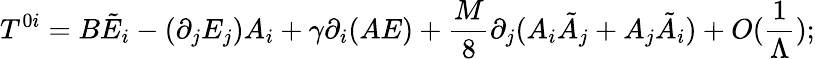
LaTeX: T^{0i}=B\tilde{E}_{i}-(\partial_{j}E_{j})A_{i}+\gamma\partial_{i}(AE)+\frac{M}{8}\partial_{j}(A_{i}\tilde{A}_{j}+A_{j}\tilde{A}_{i})+O(\frac{1}{\Lambda});